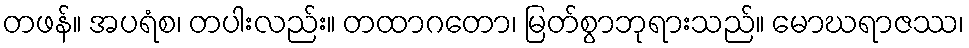
တဖန်။ အပရံစ၊ တပါးလည်း။ တထာဂတော၊ မြတ်စွာဘုရားသည်။ မောဃရာဇဿ၊